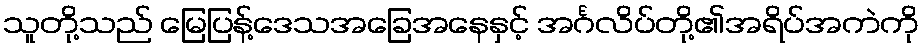
သူတို့သည် မြေပြန့်ဒေသအခြေအနေနှင့် အင်္ဂလိပ်တို့၏အရိပ်အကဲကို